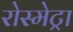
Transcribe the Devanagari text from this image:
रोस्मेट्रा